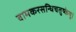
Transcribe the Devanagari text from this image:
वामकरसन्धिचतुष्केषु।